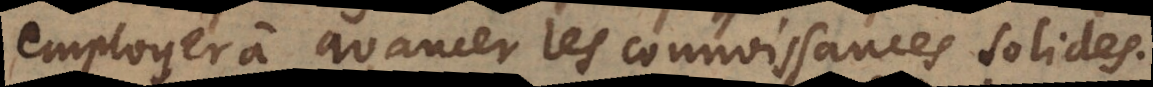
emloyer à avancer les connoissances solides.